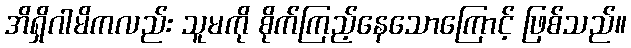
အိရှိဂါမိကလည်း သူမကို စိုက်ကြည့်နေသောကြောင့် ဖြစ်သည်။